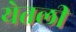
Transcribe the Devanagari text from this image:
येतली